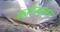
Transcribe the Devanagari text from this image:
काटेसांवर